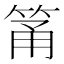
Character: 筩